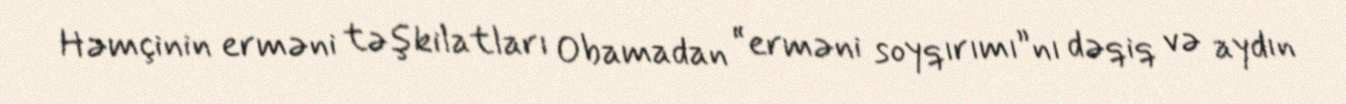
Həmçinin erməni təşkilatları Obamadan “erməni soyqırımı”nı dəqiq və aydın